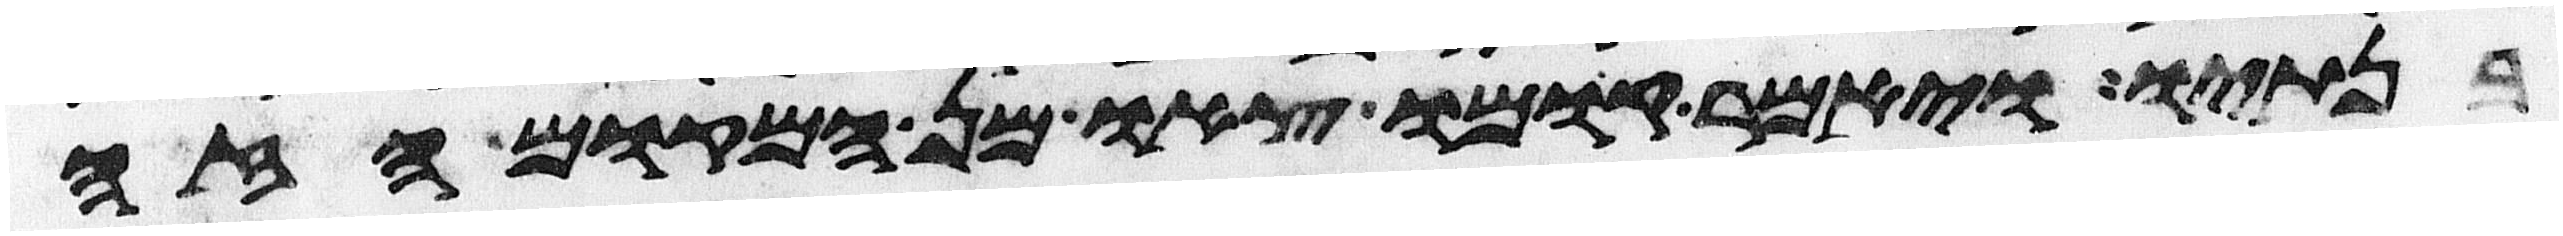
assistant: בנתיו ויאמר קומו צאו מן המקום הזה